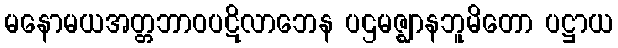
မနောမယအတ္တဘာဝပဋိလာဘေန ပဌမဇ္ဈာနဘူမိတော ပဋ္ဌာယ